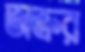
অক্রর